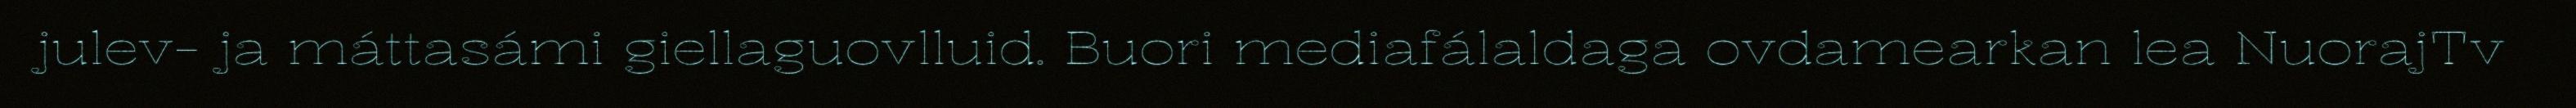
julev- ja máttasámi giellaguovlluid. Buori mediafálaldaga ovdamearkan lea NuorajTv